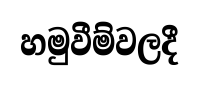
හමුවීම්වලදී